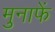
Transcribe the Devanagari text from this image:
मुनाफें